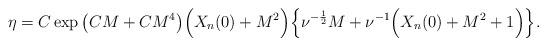
LaTeX: \begin{align*}&\eta= C\exp\big(CM+CM^4\big)\Big( X_n(0) +M^2\Big)\Big\{\nu^{-\frac12}M+\nu^{-1} \Big( X_n(0) +M^2+1\Big)\Big\}.\end{align*}